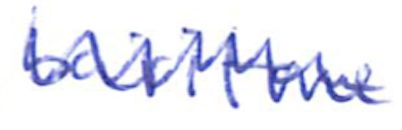
Text: baritone
Cross-out: zig-zag
Writing tool: ballpoint